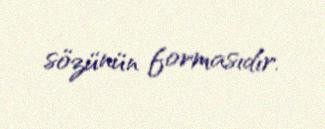
sözünün formasıdır.